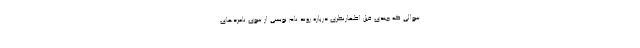
سوالی که چندی قبل اظهارنظری درباره روند نام نویسی از سوی نامزدهای